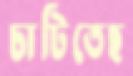
চাটিতেছ